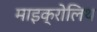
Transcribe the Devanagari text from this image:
माइक्रोलिथ